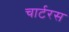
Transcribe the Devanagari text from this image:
चार्टरस